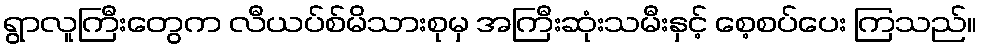
ရွာလူကြီးတွေက လီယပ်စ်မိသားစုမှ အကြီးဆုံးသမီးနှင့် စေ့စပ်ပေး ကြသည်။